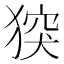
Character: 𤟪